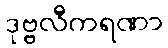
ဒုဗ္ဗလီကရဏာ